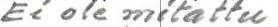
Ei ole mitattu